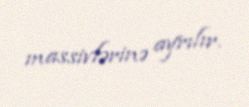
massivlərinə ayrılır.